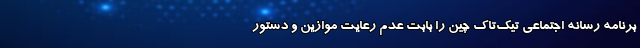
برنامه رسانه اجتماعی تیک‌تاک چین را بابت عدم رعایت موازین و دستور